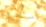
استمروا